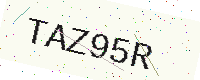
Text: TAZ95R